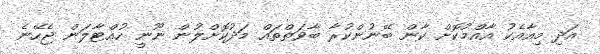
އަދި މިއާއެކު އާއްމުކޮށް ކާން ބޭނުންކުރާ ބާވަތްތައް މަދުކޮށްލުން ނޫނީ ހުއްޓާލަން ޖެހޭނެ